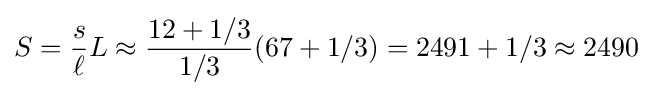
S={\frac {s}{\ell }}L\approx {\frac {12+1/3}{1/3}}(67+1/3)=2491+1/3\approx 2490